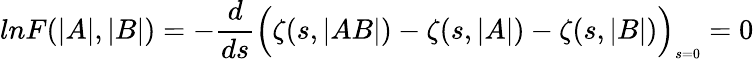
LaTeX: lnF(\vert A\vert,\vert B\vert)=-\frac{d}{ds}\Bigl(\zeta(s,\vert AB\vert)-\zeta(s,\vert A\vert)-\zeta(s,\vert B\vert)\Bigr)_{\scriptscriptstyle s=0}=0